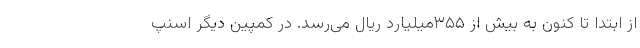
از ابتدا تا کنون به بیش از ۳۵۵میلیارد ریال می‌رسد. در کمپین دیگر اسنپ